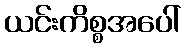
ယင်းကိစ္စအပေါ်